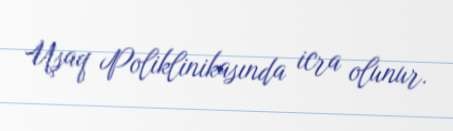
Uşaq Poliklinikasında icra olunur.